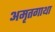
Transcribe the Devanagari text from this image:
अमृतगाथा